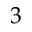
3